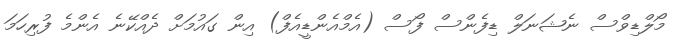
މޯލްޑިވްސް ނެޝަނަލް ޑިފެންސް ފޯސް (އެމްއެންޑީއެފް) އިން ގައުމަށް ދެއްކޭނެ އެންމެ ފުރިހަމަ